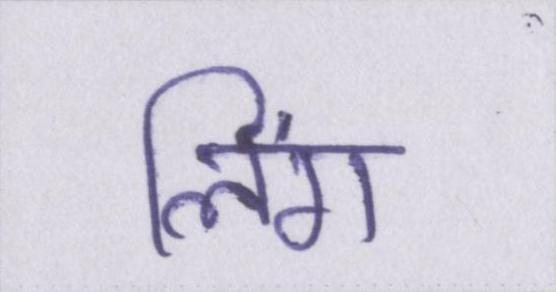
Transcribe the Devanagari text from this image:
लिंग